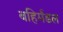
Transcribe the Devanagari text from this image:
बहिर्मंडल